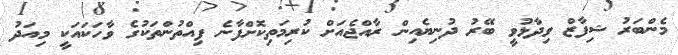
މެންބަރު ޝިފާޒް ވިދާޅުވީ ބޭރު ދުނިޔެއިން ރާއްޖެއަށް ކުރިމަތިކޮށްފާނެ ފިއްތުންތަކުގެ ވާހަކައަކީ މިއަދު